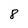
Character: 8